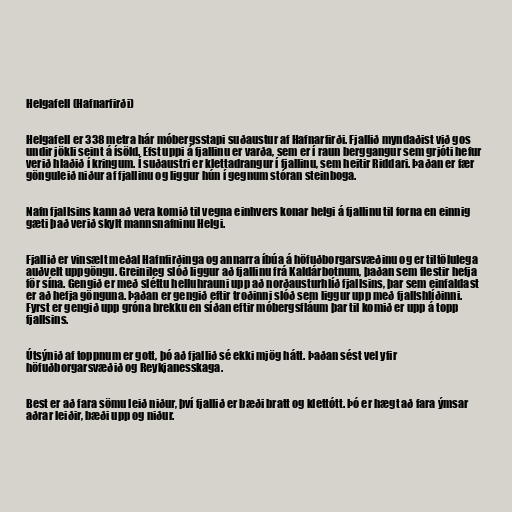
Helgafell (Hafnarfirði)

Helgafell er 338 metra hár móbergsstapi suðaustur af Hafnarfirði. Fjallið myndaðist við gos
undir jökli seint á ísöld. Efst uppi á fjallinu er varða, sem er í raun berggangur sem grjóti hefur
verið hlaðið í kringum. Í suðaustri er klettadrangur í fjallinu, sem heitir Riddari. Þaðan er fær
gönguleið niður af fjallinu og liggur hún í gegnum stóran steinboga.

Nafn fjallsins kann að vera komið til vegna einhvers konar helgi á fjallinu til forna en einnig
gæti það verið skylt mannsnafninu Helgi.

Fjallið er vinsælt meðal Hafnfirðinga og annarra íbúa á höfuðborgarsvæðinu og er tiltölulega
auðvelt uppgöngu. Greinileg slóð liggur að fjallinu frá Kaldárbotnum, þaðan sem flestir hefja
för sína. Gengið er með sléttu helluhrauni upp að norðausturhlíð fjallsins, þar sem einfaldast
er að hefja gönguna. Þaðan er gengið eftir troðinni slóð sem liggur upp með fjallshlíðinni.
Fyrst er gengið upp gróna brekku en síðan eftir móbergsfláum þar til komið er upp á topp
fjallsins.

Útsýnið af toppnum er gott, þó að fjallið sé ekki mjög hátt. Þaðan sést vel yfir
höfuðborgarsvæðið og Reykjanesskaga.

Best er að fara sömu leið niður, því fjallið er bæði bratt og klettótt. Þó er hægt að fara ýmsar
aðrar leiðir, bæði upp og niður.